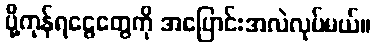
ပို့ကုန်ရငွေတွေကို အပြောင်းအလဲလုပ်မယ်။